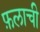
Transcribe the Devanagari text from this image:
फ़लाची